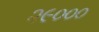
૨૯૦૦૦